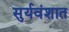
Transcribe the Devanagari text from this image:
सुर्यवंशात